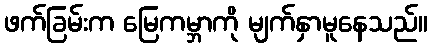
ဖက်ခြမ်းက မြေကမ္ဘာကို မျက်နှာမူနေသည်။